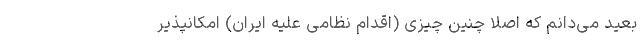
بعید می‌دانم که اصلا چنین چیزی (اقدام نظامی علیه ایران) امکانپذیر